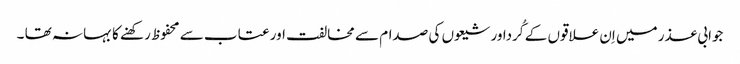
جوابی عذر میں اِن علاقوں کے کُرداور شیعوں کی صدام سے مخالفت اور عتاب سے محفوظ رکھنے کا بہانہ تھا ۔